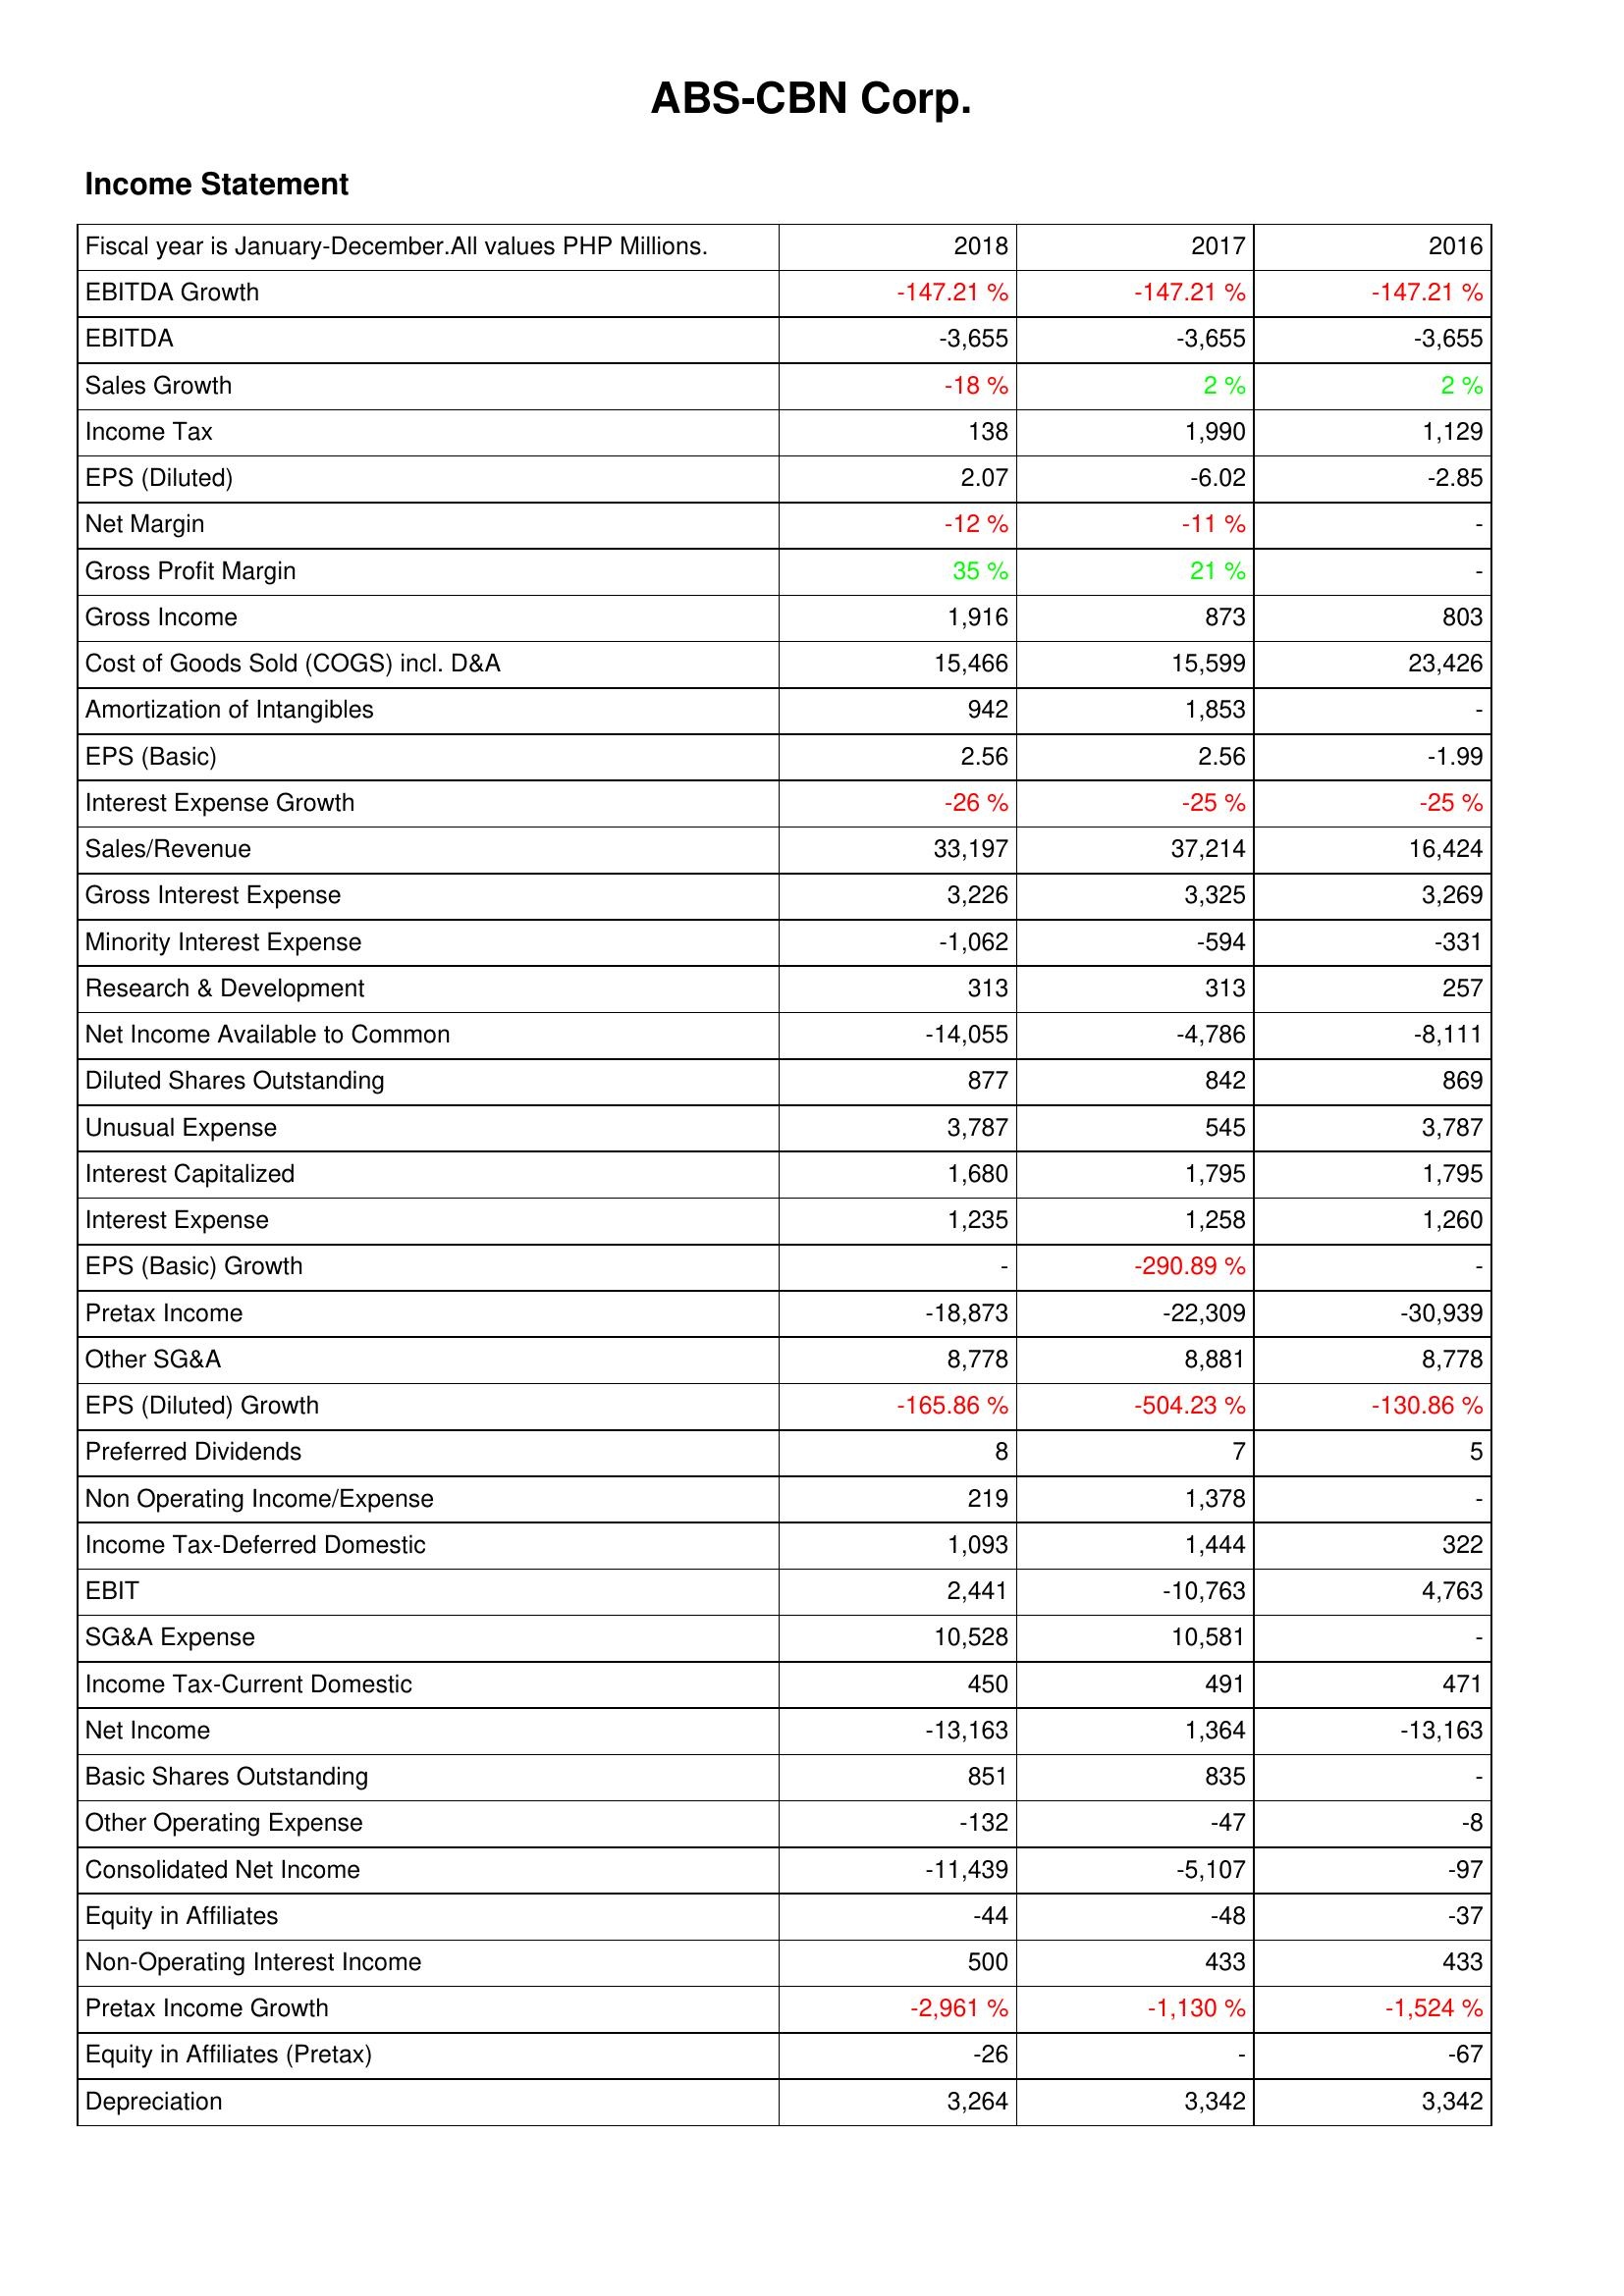
2018: Income Statement: EBITDA Growth: -147.21 %
EBITDA: -3,655
Sales Growth: -18 %
Income Tax: 138
EPS (Diluted): 2.07
Net Margin: -12 %
Gross Profit Margin: 35 %
Gross Income: 1,916
Cost of Goods Sold (COGS) incl. D&A: 15,466
Amortization of Intangibles: 942
EPS (Basic): 2.56
Interest Expense Growth: -26 %
Sales/Revenue: 33,197
Gross Interest Expense: 3,226
Minority Interest Expense: -1,062
Research & Development: 313
Net Income Available to Common: -14,055
Diluted Shares Outstanding: 877
Unusual Expense: 3,787
Interest Capitalized: 1,680
Interest Expense: 1,235
EPS (Basic) Growth: -
Pretax Income: -18,873
Other SG&A: 8,778
EPS (Diluted) Growth: -165.86 %
Preferred Dividends: 8
Non Operating Income/Expense: 219
Income Tax-Deferred Domestic: 1,093
EBIT: 2,441
SG&A Expense: 10,528
Income Tax-Current Domestic: 450
Net Income: -13,163
Basic Shares Outstanding: 851
Other Operating Expense: -132
Consolidated Net Income: -11,439
Equity in Affiliates: -44
Non-Operating Interest Income: 500
Pretax Income Growth: -2,961 %
Equity in Affiliates (Pretax): -26
Depreciation: 3,264
2017: Income Statement: EBITDA Growth: -147.21 %
EBITDA: -3,655
Sales Growth: 2 %
Income Tax: 1,990
EPS (Diluted): -6.02
Net Margin: -11 %
Gross Profit Margin: 21 %
Gross Income: 873
Cost of Goods Sold (COGS) incl. D&A: 15,599
Amortization of Intangibles: 1,853
EPS (Basic): 2.56
Interest Expense Growth: -25 %
Sales/Revenue: 37,214
Gross Interest Expense: 3,325
Minority Interest Expense: -594
Research & Development: 313
Net Income Available to Common: -4,786
Diluted Shares Outstanding: 842
Unusual Expense: 545
Interest Capitalized: 1,795
Interest Expense: 1,258
EPS (Basic) Growth: -290.89 %
Pretax Income: -22,309
Other SG&A: 8,881
EPS (Diluted) Growth: -504.23 %
Preferred Dividends: 7
Non Operating Income/Expense: 1,378
Income Tax-Deferred Domestic: 1,444
EBIT: -10,763
SG&A Expense: 10,581
Income Tax-Current Domestic: 491
Net Income: 1,364
Basic Shares Outstanding: 835
Other Operating Expense: -47
Consolidated Net Income: -5,107
Equity in Affiliates: -48
Non-Operating Interest Income: 433
Pretax Income Growth: -1,130 %
Equity in Affiliates (Pretax): -
Depreciation: 3,342
2016: Income Statement: EBITDA Growth: -147.21 %
EBITDA: -3,655
Sales Growth: 2 %
Income Tax: 1,129
EPS (Diluted): -2.85
Net Margin: -
Gross Profit Margin: -
Gross Income: 803
Cost of Goods Sold (COGS) incl. D&A: 23,426
Amortization of Intangibles: -
EPS (Basic): -1.99
Interest Expense Growth: -25 %
Sales/Revenue: 16,424
Gross Interest Expense: 3,269
Minority Interest Expense: -331
Research & Development: 257
Net Income Available to Common: -8,111
Diluted Shares Outstanding: 869
Unusual Expense: 3,787
Interest Capitalized: 1,795
Interest Expense: 1,260
EPS (Basic) Growth: -
Pretax Income: -30,939
Other SG&A: 8,778
EPS (Diluted) Growth: -130.86 %
Preferred Dividends: 5
Non Operating Income/Expense: -
Income Tax-Deferred Domestic: 322
EBIT: 4,763
SG&A Expense: -
Income Tax-Current Domestic: 471
Net Income: -13,163
Basic Shares Outstanding: -
Other Operating Expense: -8
Consolidated Net Income: -97
Equity in Affiliates: -37
Non-Operating Interest Income: 433
Pretax Income Growth: -1,524 %
Equity in Affiliates (Pretax): -67
Depreciation: 3,342